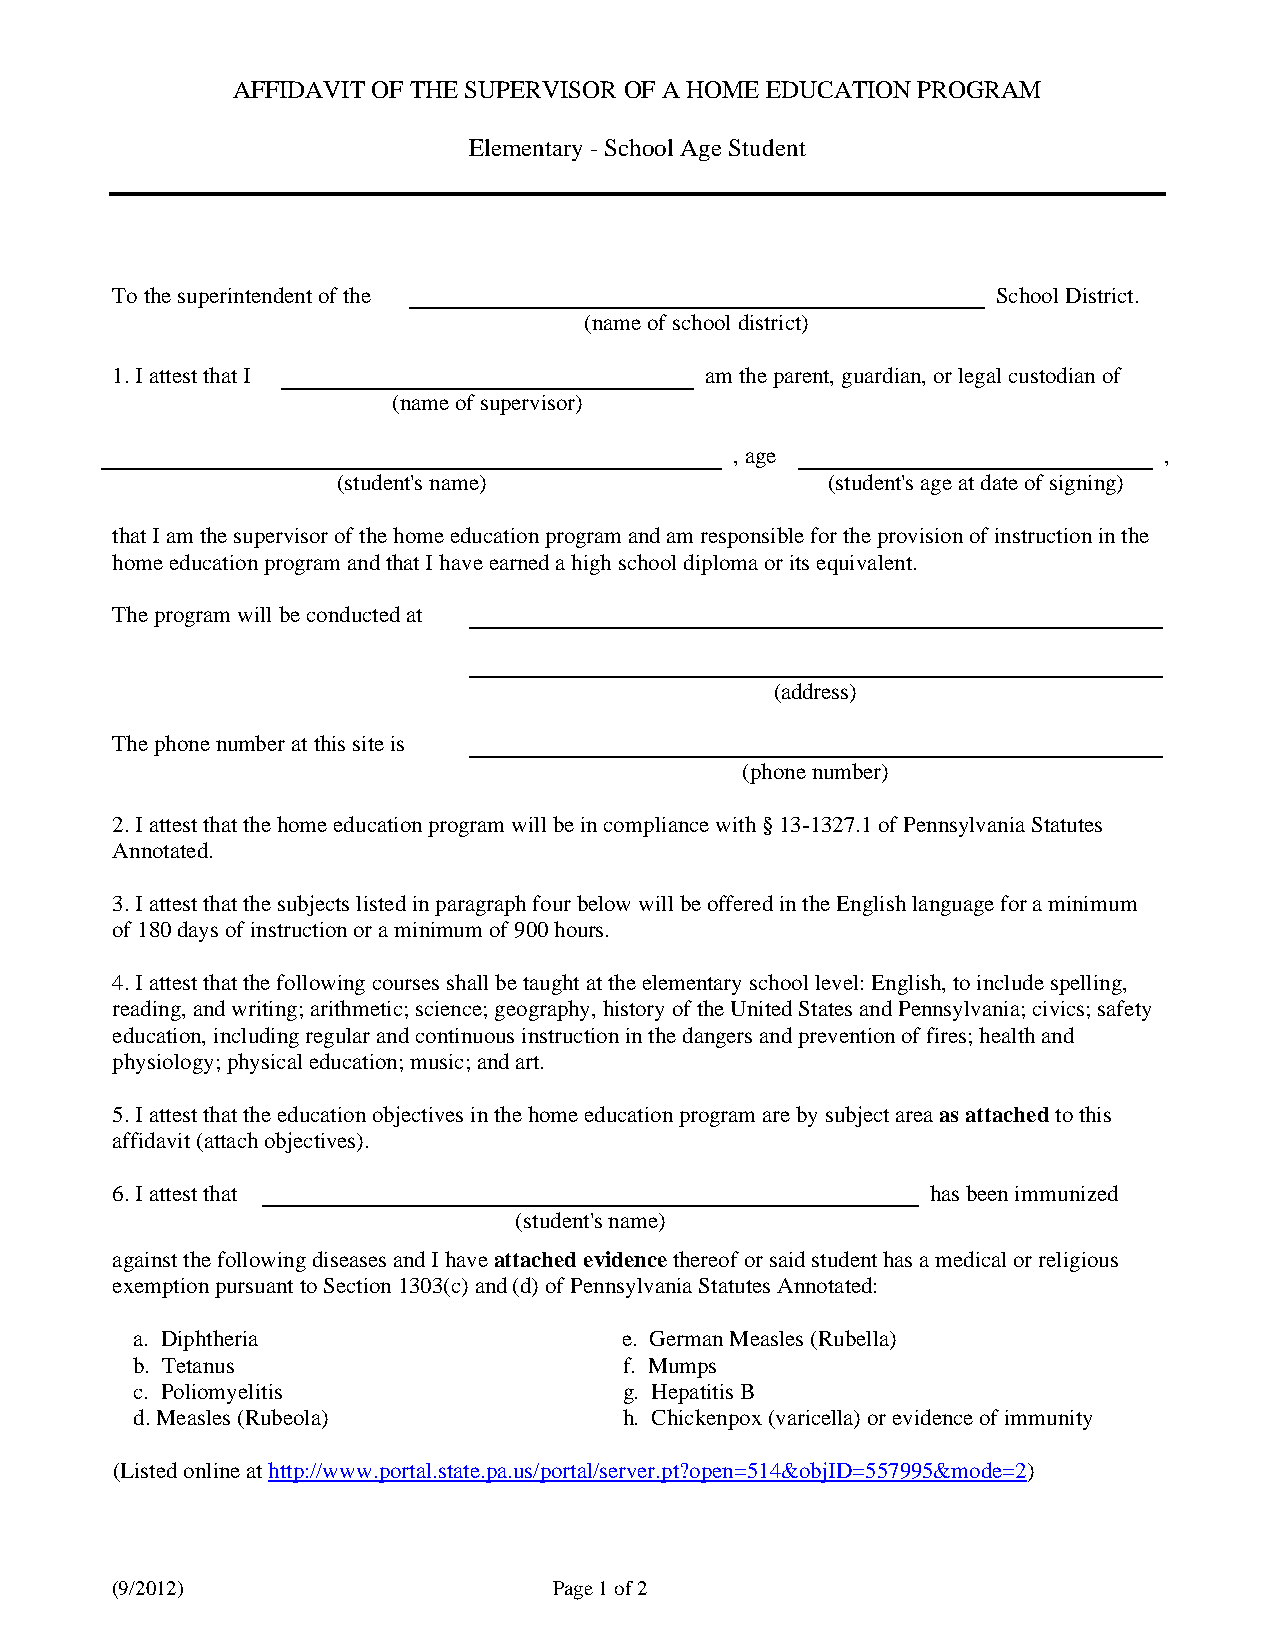
AFFIDAVIT OF THE SUPERVISOR OF A HOME EDUCATION PROGRAM
 Elementary - School Age Student
 To the superintendent of the                               School District.
 (name of school district)
 1. I attest that I                      am the parent, guardian, or legal custodian of
 (name of supervisor)
 , age                       ,
 (student's name)                 (student's age at date of signing)
 that I am the supervisor of the home education program and am responsible for the provision of instruction in the
 home education program and that I have earned a high school diploma or its equivalent.
 The program will be conducted at
 (address)
 The phone number at this site is
 (phone number)
 2. I attest that the home education program will be in compliance with § 13-1327.1 of Pennsylvania Statutes
 Annotated.
 3. I attest that the subjects listed in paragraph four below will be offered in the English language for a minimum
 of 180 days of instruction or a minimum of 900 hours.
 4. I attest that the following courses shall be taught at the elementary school level: English, to include spelling,
 reading, and writing; arithmetic; science; geography, history of the United States and Pennsylvania; civics; safety
 education, including regular and continuous instruction in the dangers and prevention of fires; health and
 physiology; physical education; music; and art.
 5. I attest that the education objectives in the home education program are by subject area as attached to this
 affidavit (attach objectives).
 6. I attest that                                       has been immunized
 (student's name)
 against the following diseases and I have attached evidence thereof or said student has a medical or religious
 exemption pursuant to Section 1303(c) and (d) of Pennsylvania Statutes Annotated:
 a. Diphtheria                   e. German Measles (Rubella)
 b. Tetanus                      f. Mumps
 c. Poliomyelitis                g. Hepatitis B
 d. Measles (Rubeola)            h. Chickenpox (varicella) or evidence of immunity
 (Listed online at http://www.portal.state.pa.us/portal/server.pt?open=514&objID=557995&mode=2)
 (9/2012)                      Page 1 of 2